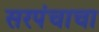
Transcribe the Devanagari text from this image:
सरपंचाचा